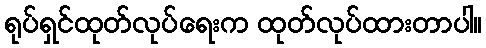
ရုပ်ရှင်ထုတ်လုပ်ရေးက ထုတ်လုပ်ထားတာပါ။